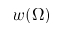
w ( \Omega )